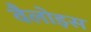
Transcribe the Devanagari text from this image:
वैलोइस